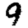
Digit: 9